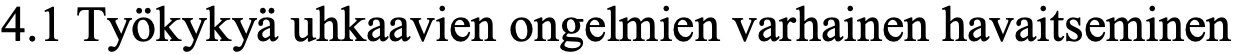
4.1 Työkykyä uhkaavien ongelmien varhainen havaitseminen